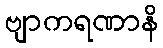
ဗျာကရဏာနိ